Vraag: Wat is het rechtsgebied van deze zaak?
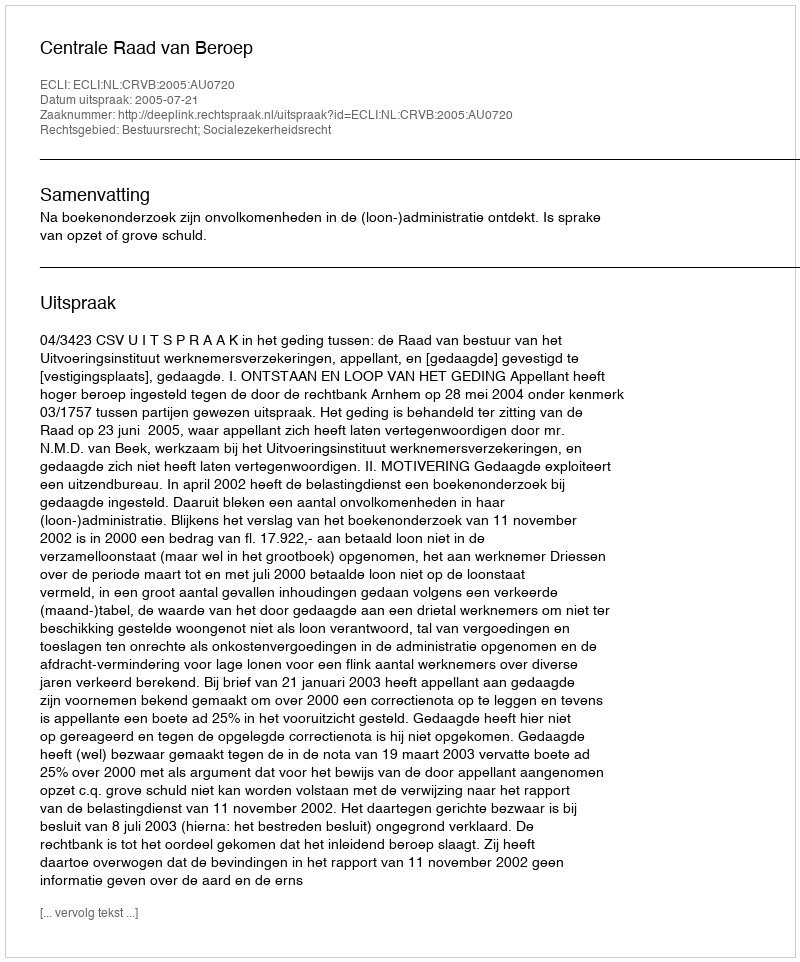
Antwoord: Bestuursrecht; Socialezekerheidsrecht